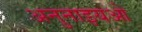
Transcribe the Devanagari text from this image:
अनुनाइयओ